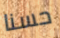
حسنا